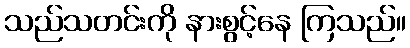
သည်သတင်းကို နားစွင့်နေ ကြသည်။